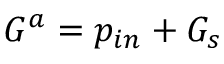
G ^ { a } = p _ { i n } + G _ { s }